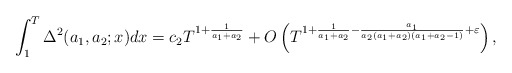
\begin{align*} \int_1^T \Delta^2(a_1,a_2;x)dx=c_2 T^{1+\frac{1}{a_1+a_2}}+O\left(T^{1+\frac{1}{a_1+a_2}-\frac{a_1}{a_2(a_1+a_2)(a_1+a_2-1)}+\varepsilon}\right),\end{align*}